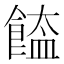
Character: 𩝉